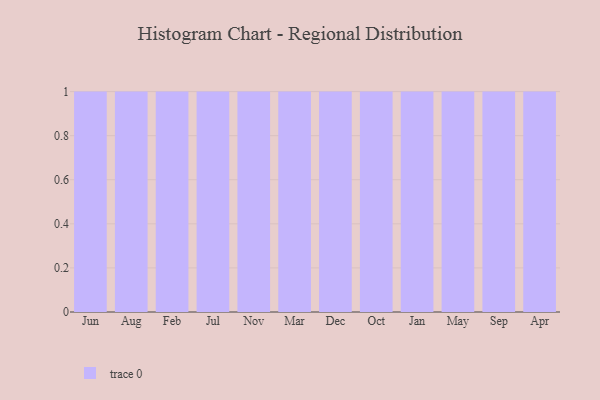
{"axis": {"x": "Month", "y": "Active Users"}, "legend": [""], "data": [{"x": "Jun", "y": 76, "type": ""}, {"x": "Aug", "y": 15, "type": ""}, {"x": "Feb", "y": 53, "type": ""}, {"x": "Jul", "y": 14, "type": ""}, {"x": "Nov", "y": 99, "type": ""}, {"x": "Mar", "y": 14, "type": ""}, {"x": "Dec", "y": 44, "type": ""}, {"x": "Oct", "y": 58, "type": ""}, {"x": "Jan", "y": 80, "type": ""}, {"x": "May", "y": 64, "type": ""}, {"x": "Sep", "y": 75, "type": ""}, {"x": "Apr", "y": 63, "type": ""}]}